Mental hospitals Bombay report 1929-33 - 1929-1933
Year: 1929
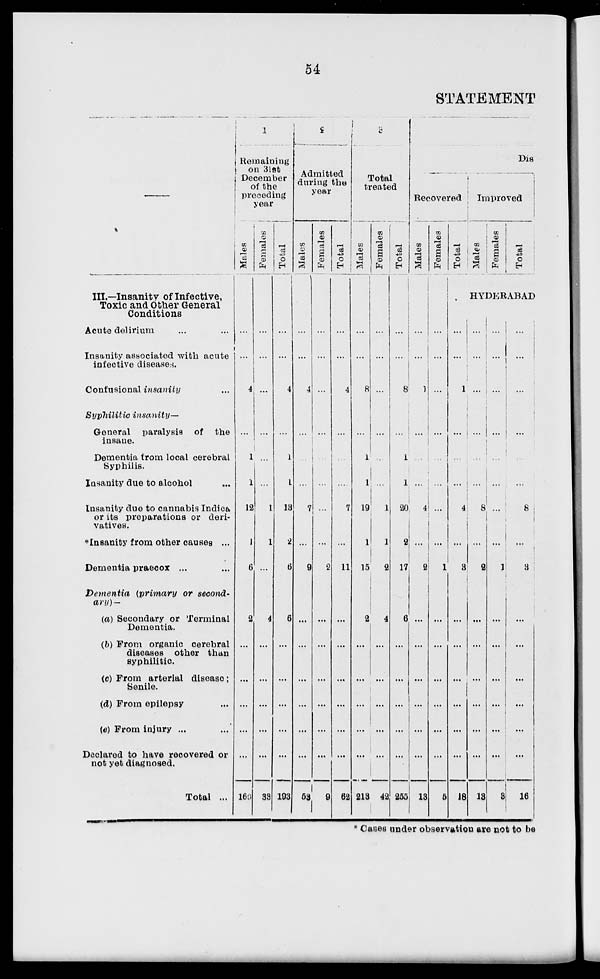
54
STATEMENT
—
III.—Insanity of Infective,
Toxic and Other General
Conditions
Acute delirium... ...
Insanity associated with acute
infective diseases.
Confusional insanity
Syphilitic
insanity—
General paralysis of the
insane.
Dementia from local cerebral
Syphilis.
Insanity due to alcohol...
Insanity due to cannabis Indica
or its preparations or deri-
vatives.
*Insanity from other causes ...
Dementia praecox ...
Dementia
(primary or second-
ary)-
(a) Secondary or Terminal
Dementia.
(b) From organic cerebral
diseases other than
syphilitic.
(c) From arterial disease;
Senile.
(d) From epilepsy...
(e) From injury ...
Declared to have recovered or
not yet diagnosed.
Total ...
1
Remaining
on 3l6t
December
of the
preceding
year
Males
...
...
4
...
1
1
12
1
6
2
...
...
...
...
...
160
Females
...
...
...
...
...
1
1
...
4
...
...
...
...
...
33
Total
...
...
4
...
1
1
13
2
6
6
...
...
...
...
...
193
2
Admitted
during the
year
Males
...
...
4
...
...
...
7
...
9
...
...
...
...
...
...
53
Females
...
...
...
...
...
...
...
...
2
...
...
...
...
...
...
9
Total
...
...
4
...
...
...
7
...
11
...
...
...
...
...
...
62
3
Total
treated
Males
...
...
8
...
1
1
19
1
15
2
...
...
...
...
...
213
Females
...
...
...
...
...
...
1
1
2
4
...
...
...
...
...
42
Total
...
...
8
...
1
1
20
2
17
6
...
...
...
...
...
255
Dis
Recovered
Males
...
...
1
...
...
...
4
...
2
...
...
...
...
...
...
13
Females
...
...
...
...
...
...
...
...
1
...
...
...
...
...
...
5
Tot al
Improved
Males
Females
Total
HYDERABAD
...
...
1
...
...
...
4
...
3
...
...
...
...
...
...
18
...
...
...
...
...
...
8
...
2
...
...
...
...
...
...
13
...
...
...
...
...
...
...
...
1
...
...
...
...
...
...
3
...
...
...
...
...
...
8
...
3
...
...
...
...
...
...
16
* Cases under observation are not to be